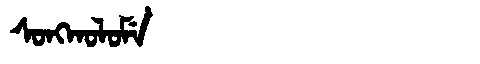
Manchu: ᠰᠣᠩᡴᠣᠯᠣᠮᡝ
Romanization: SONGKOLOME